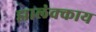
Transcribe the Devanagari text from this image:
झालंक्काय